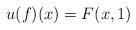
LaTeX: \begin{align*}u(f) (x) = F(x,1)\end{align*}